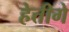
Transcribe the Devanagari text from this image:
हेत्तीगे